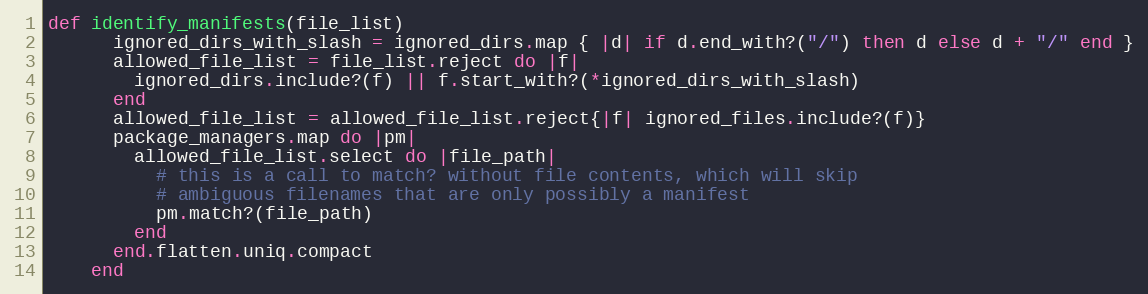
Language: Ruby
def identify_manifests(file_list)
      ignored_dirs_with_slash = ignored_dirs.map { |d| if d.end_with?("/") then d else d + "/" end }
      allowed_file_list = file_list.reject do |f|
        ignored_dirs.include?(f) || f.start_with?(*ignored_dirs_with_slash)
      end
      allowed_file_list = allowed_file_list.reject{|f| ignored_files.include?(f)}
      package_managers.map do |pm|
        allowed_file_list.select do |file_path|
          # this is a call to match? without file contents, which will skip
          # ambiguous filenames that are only possibly a manifest
          pm.match?(file_path)
        end
      end.flatten.uniq.compact
    end